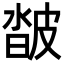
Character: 𤿽